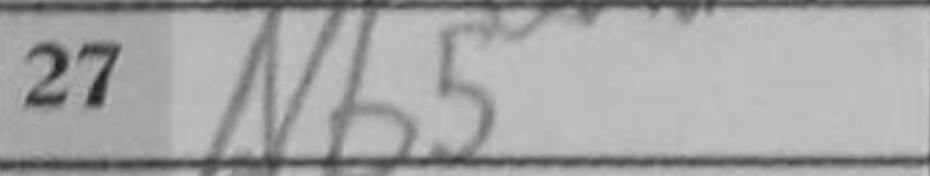
Transcription: Nb5